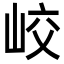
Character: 峧